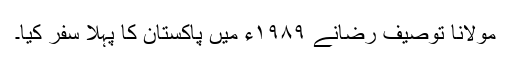
مولانا توصیف رضانے ۱۹۸۹ء میں پاکستان کا پہلا سفر کیا۔